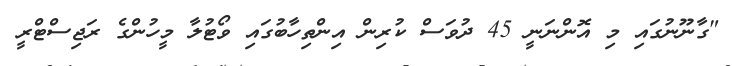
"ގާނޫނުގައި މި އޮންނަނީ 45 ދުވަސް ކުރިން އިންތިހާބުގައި ވޯޓުލާ މީހުންގެ ރަޖިސްޓްރީ